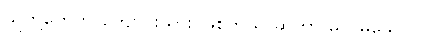
သူတို့တွေက ကျောင်းသား ဖြစ်တယ် ဆိုတာ မလွဲမသွေပါပဲ။